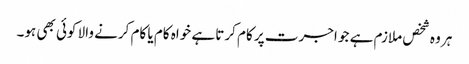
ہر وہ شخص ملازم ہے جو اجرت پر کام کرتا ہے خواہ کام یا کام کرنے والا کوئی بھی ہو۔